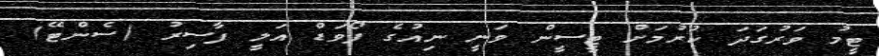
ޓީމު ވަރުގަދަ ކުރުމަށް ޓީސީން ވަނީ ނިއުގެ ފޯވަޑް އަލީ ފާސިރު (ސެންޓޭ)